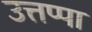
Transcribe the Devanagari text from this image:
उत्तप्पा